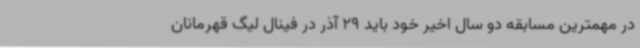
در مهمترین مسابقه دو سال اخیر خود باید 29 آذر در فینال لیگ قهرمانان